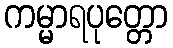
ကမ္မာရပုတ္တော